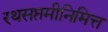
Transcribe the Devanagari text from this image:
रथसप्तमीनिमित्त